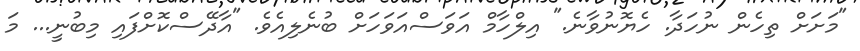
"މަށަށް ތިހެން ނުހަދާ. ހެޔޮނުވާނެ." އިލްހާމް އަވަސްއަވަހަށް ބުނެލިއެވެ. "އާދޭސްކޮށްފައި މިބުނީ... މަ